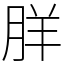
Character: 羘